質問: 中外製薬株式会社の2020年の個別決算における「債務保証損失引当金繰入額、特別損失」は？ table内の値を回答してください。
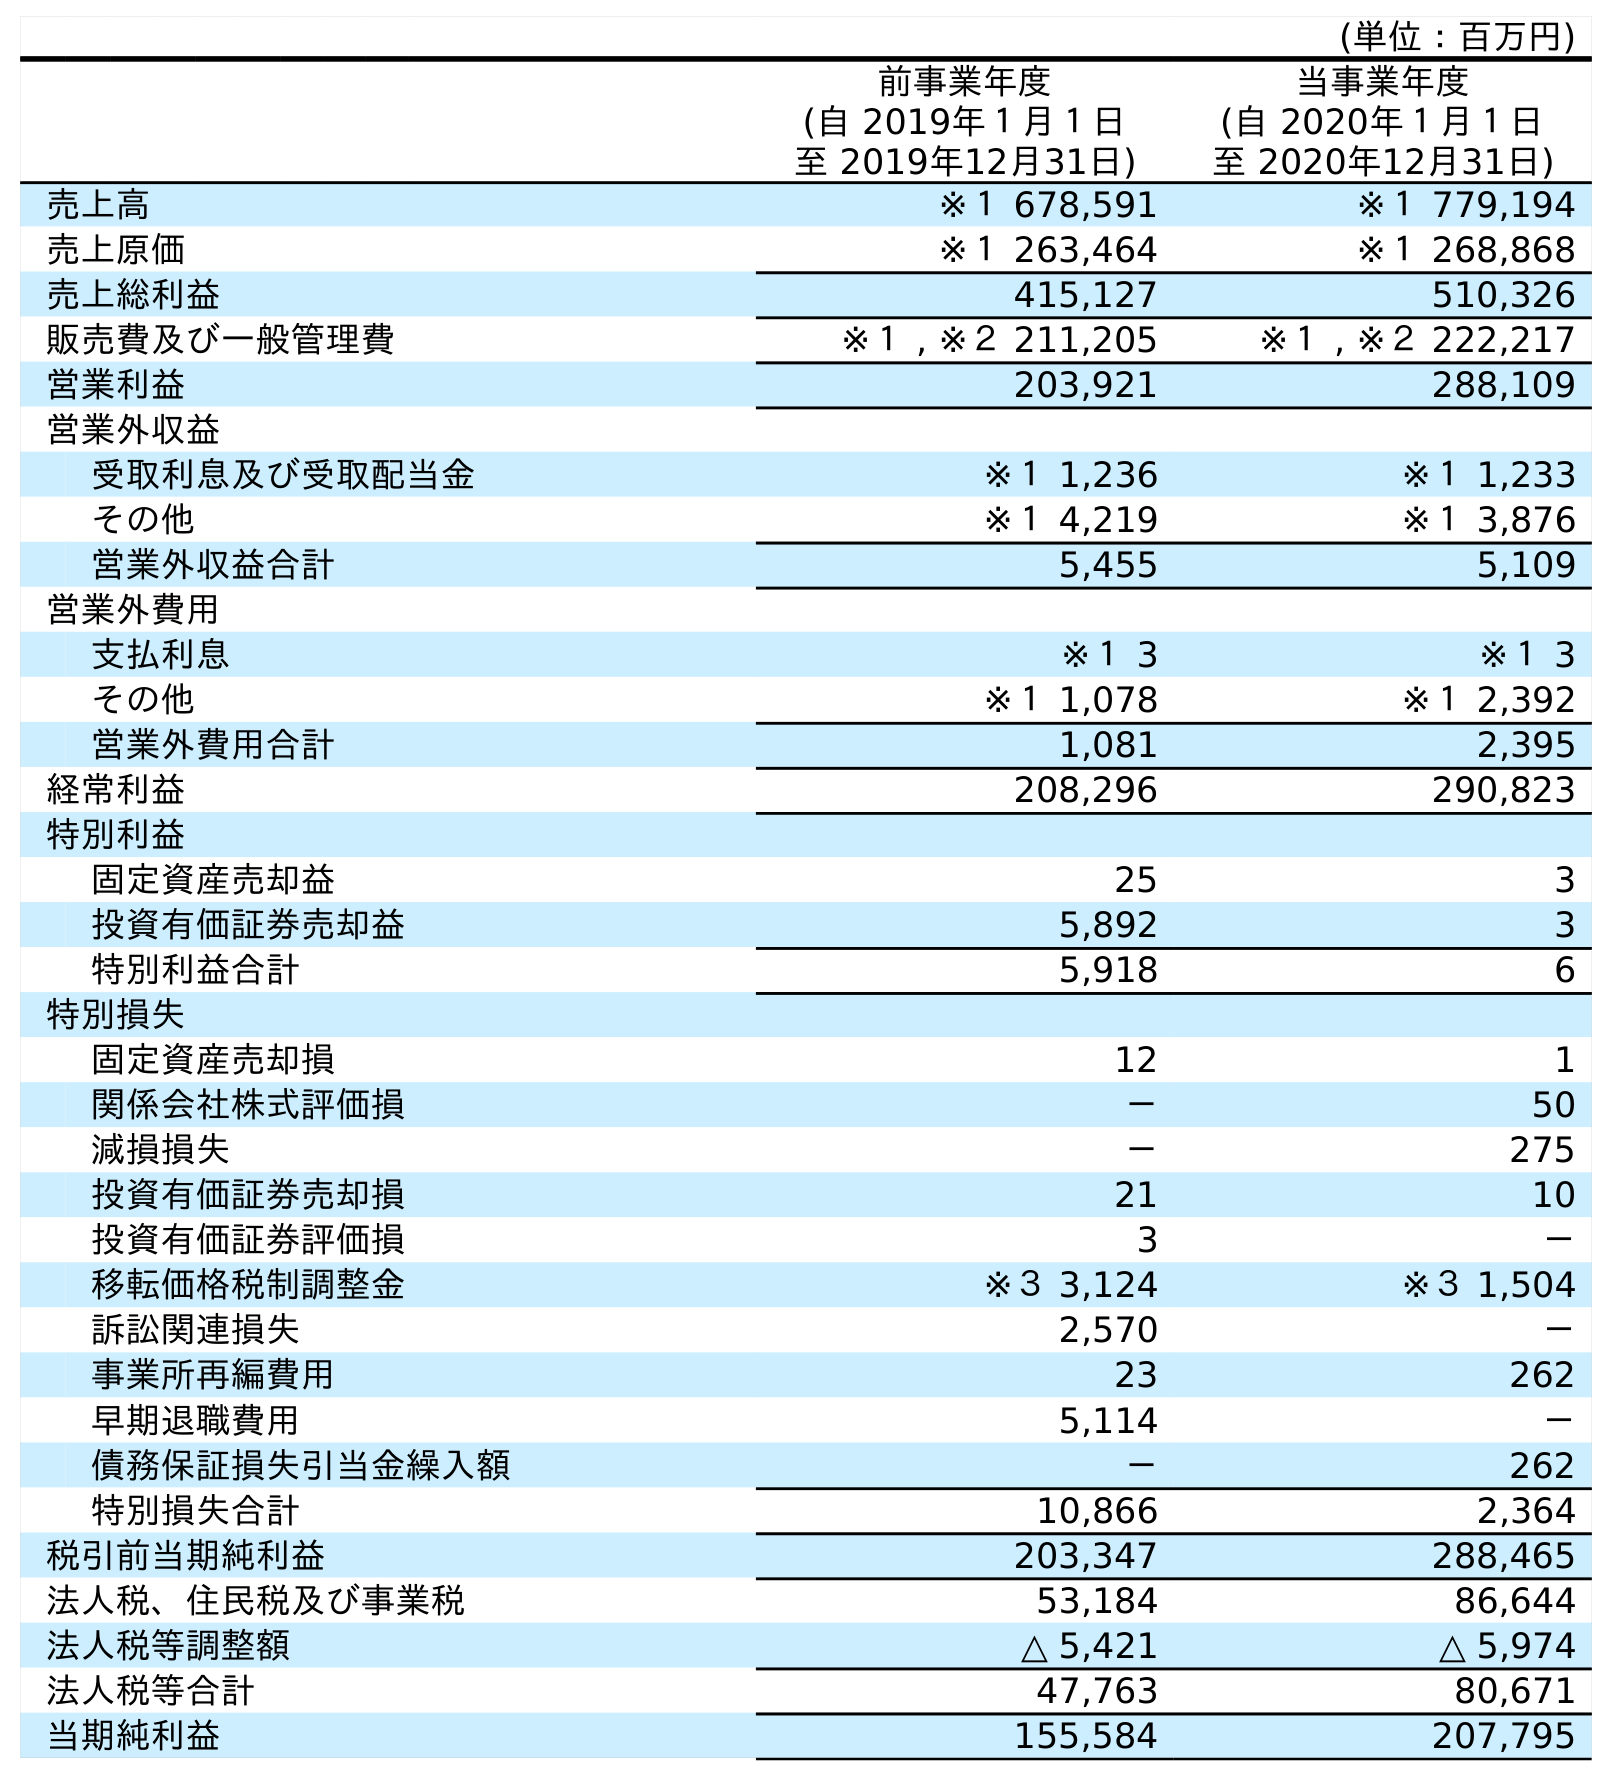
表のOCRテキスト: (単位：百万円) 前事業年度 (自 2019年１月１日 至 2019年12月31日) 当事業年度 (自 2020年１月１日 至 2020年12月31日) 売上高 ※１ 678,591 ※１ 779,194 売上原価 ※１ 263,464 ※１ 268,868 売上総利益 415,127 510,326 販売費及び一般管理費 ※１ , ※２ 211,205 ※１ , ※２ 222,217 営業利益 203,921 288,109 営業外収益 受取利息及び受取配当金 ※１ 1,236 ※１ 1,233 その他 ※１ 4,219 ※１ 3,876 営業外収益合計 5,455 5,109 営業外費用 支払利息 ※１ 3 ※１ 3 その他 ※１ 1,078 ※１ 2,392 営業外費用合計 1,081 2,395 経常利益 208,296 290,823 特別利益 固定資産売却益 25 3 投資有価証券売却益 5,892 3 特別利益合計 5,918 6 特別損失 固定資産売却損 12 1 関係会社株式評価損 － 50 減損損失 － 275 投資有価証券売却損 21 10 投資有価証券評価損 3 － 移転価格税制調整金 ※３ 3,124 ※３ 1,504 訴訟関連損失 2,570 － 事業所再編費用 23 262 早期退職費用 5,114 － 債務保証損失引当金繰入額 － 262 特別損失合計 10,866 2,364 税引前当期純利益 203,347 288,465 法人税、住民税及び事業税 53,184 86,644 法人税等調整額 △ 5,421 △ 5,974 法人税等合計 47,763 80,671 当期純利益 155,584 207,795
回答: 262